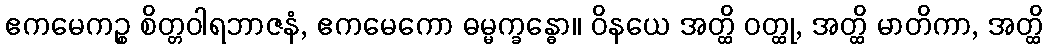
ဧကမေကဉ္စ စိတ္တဝါရဘာဇနံ, ဧကမေကော ဓမ္မက္ခန္ဓော။ ဝိနယေ အတ္ထိ ဝတ္ထု, အတ္ထိ မာတိကာ, အတ္ထိ